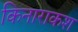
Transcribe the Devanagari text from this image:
किनाराकश